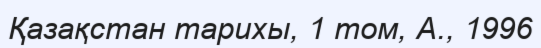
Қазақстан тарихы, 1 том, А., 1996